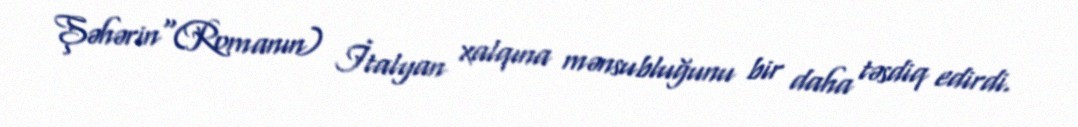
Şəhərin"(Romanın) İtalyan xalqına mənsubluğunu bir daha təsdiq edirdi.